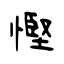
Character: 慳